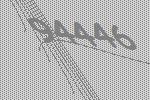
94446